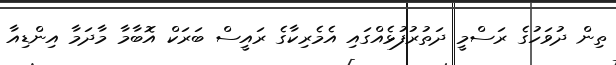
ތިން ދުވަހުގެ ރަސްމީ ދަތުރުފުޅެއްގައި އެމެރިކާގެ ރައީސް ބަރަކް އޮބާމާ މާދަމާ އިންޑިއާ